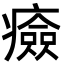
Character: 㿌